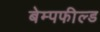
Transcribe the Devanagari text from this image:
बेम्पफील्ड